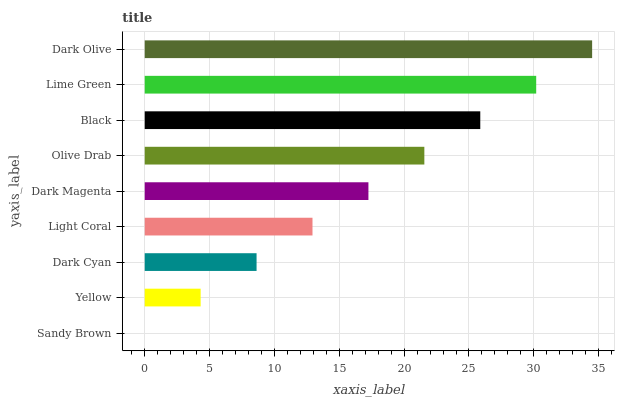
| yaxis_label | bars |
 | --- | --- |
 | Sandy Brown | 0 |
 | Yellow | 4.31 |
 | Dark Cyan | 8.62 |
 | Light Coral | 12.9 |
 | Dark Magenta | 17.2 |
 | Olive Drab | 21.6 |
 | Black | 25.9 |
 | Lime Green | 30.2 |
 | Dark Olive | 34.5 |